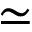
\simeq